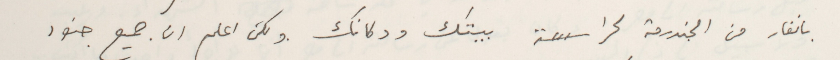
بانفار من الجندرمة لحراسة بيتك ودكانك ولكن اعلم ان جميع جنود